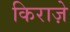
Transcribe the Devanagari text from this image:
किराज़े